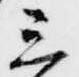
三